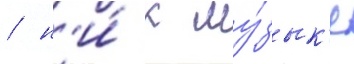
/ н'и́ к му́зык'е